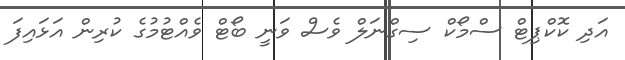
އަދި ކޮކްޕިޓް ސްމޯކް ސިގްނަލް ވެސް ވަނީ ބޯޓް ވެއްޓުމުގެ ކުރިން އަޅައިފަ